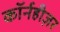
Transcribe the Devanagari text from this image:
कॉर्नहीज़र